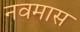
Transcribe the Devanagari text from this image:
नवमास